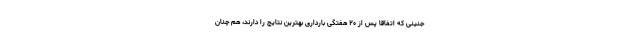
جنینی که اتفاقا پس از ۲۰ هفتگی بارداری بهترین نتایج را دارند، هم چنان